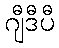
ဂျီဒီပီ